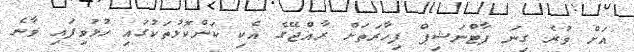
އަށް ވުރެ ގިނަ ޕާޓްނަޝިޕް ފިހާރަތަށް ރާއްޖޭގެ އެކި ކަންކޮޅުތަކުގައި ހުޅުވިފައި ވާނެ